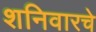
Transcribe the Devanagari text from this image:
शनिवारचे